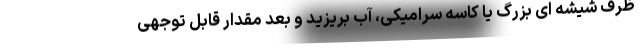
ظرف شیشه ای بزرگ یا کاسه سرامیکی، آب بریزید و بعد مقدار قابل توجهی